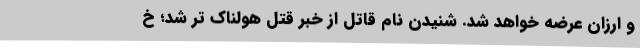
و ارزان عرضه خواهد شد. شنیدن نام قاتل از خبر قتل هولناک‌ تر شد؛ خ